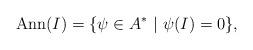
LaTeX: \begin{align*} \mathrm{Ann}(I)=\{\psi\in A^*\ |\ \psi(I)=0\},\end{align*}